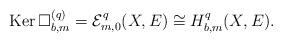
LaTeX: \begin{align*} \mathrm{Ker\,}\Box^{(q)}_{b,m}=\mathcal{E}^q_{m,0}(X,E)\cong H^q_{b,m}(X,E).\end{align*}